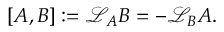
[ A , B ] : = { \mathcal { L } } _ { A } B = - { \mathcal { L } } _ { B } A .